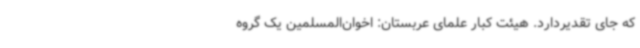
که جای تقدیردارد. هیئت کبار علمای عربستان: اخوان‌المسلمین یک گروه